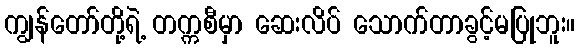
ကျွန်တော်တို့ရဲ့ တက္ကစီမှာ ဆေးလိပ် သောက်တာခွင့်မပြုဘူး။